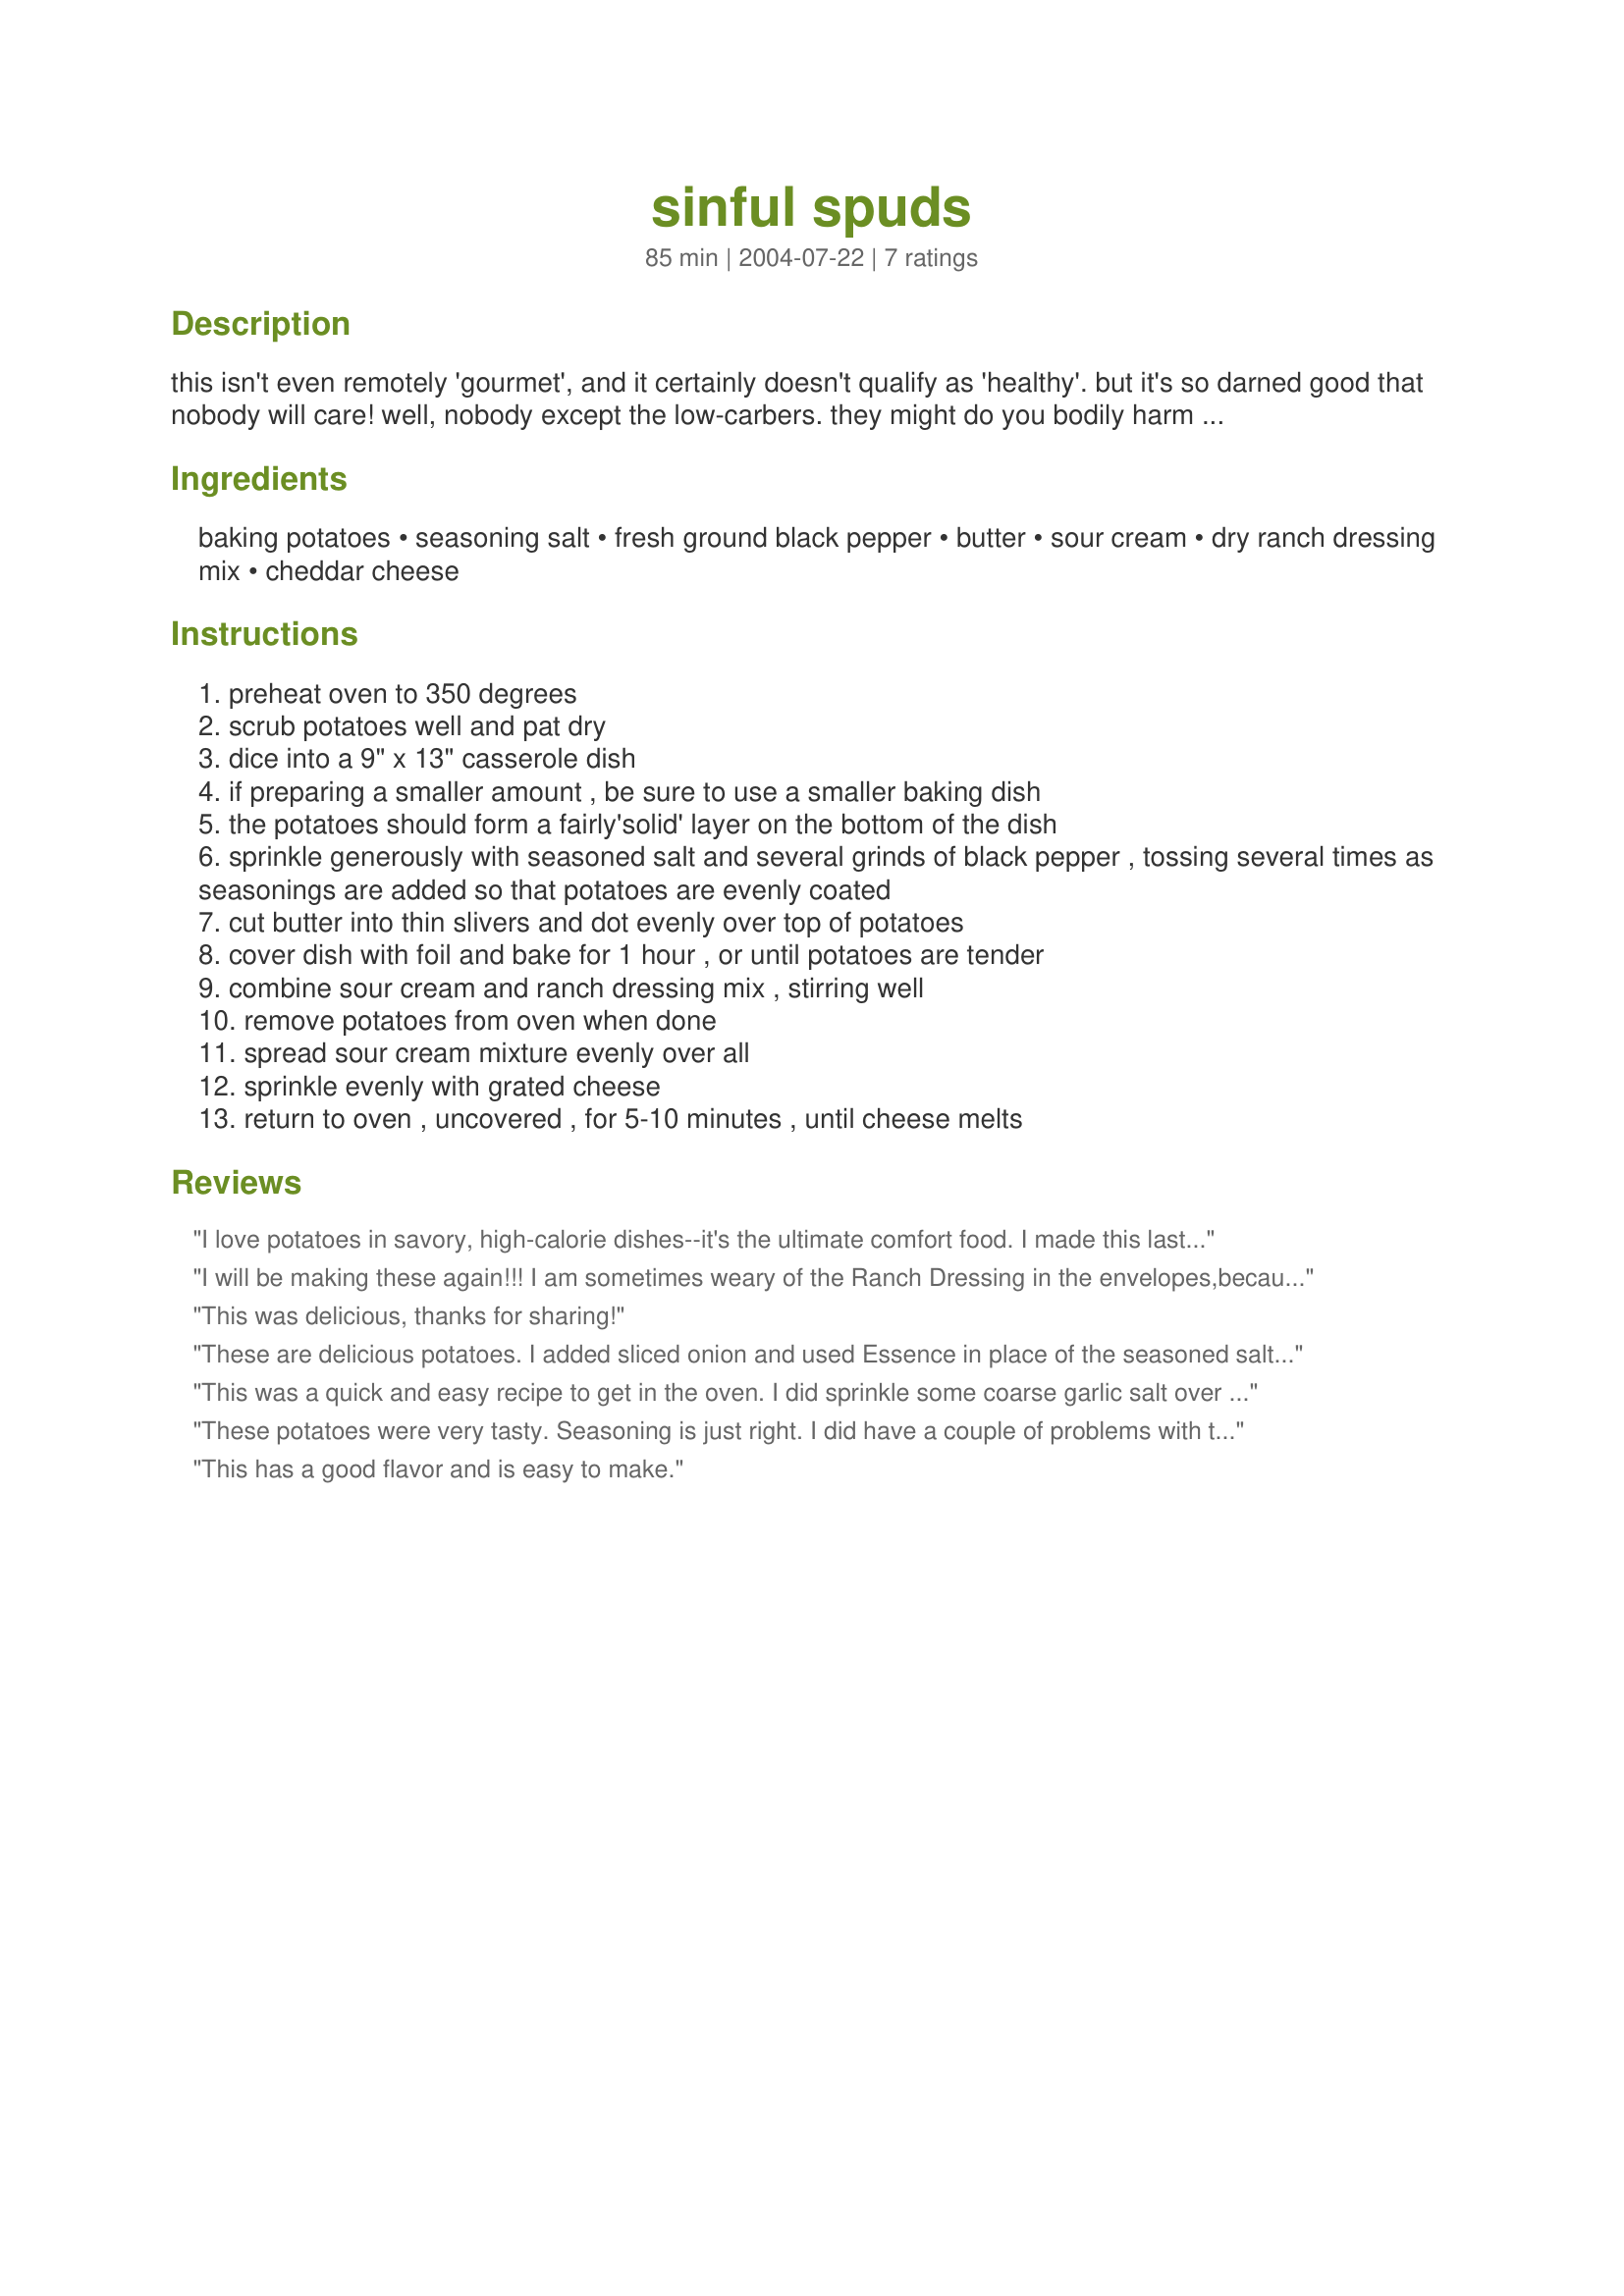
sinful spuds
Preparation time: 85 minutes

this isn't even remotely 'gourmet', and it certainly doesn't qualify as 'healthy'. but it's so darned good that nobody will care! well, nobody except the low-carbers. they might do you bodily harm if you put this on the table to tempt them... :)

Ingredients:
baking potatoes, seasoning salt, fresh ground black pepper, butter, sour cream, dry ranch dressing mix, cheddar cheese

Steps:
preheat oven to 350 degrees
scrub potatoes well and pat dry
dice into a 9" x 13" casserole dish
if preparing a smaller amount , be sure to use a smaller baking dish
the potatoes should form a fairly'solid' layer on the bottom of the dish
sprinkle generously with seasoned salt and several grinds of black pepper , tossing several times as seasonings are added so that potatoes are evenly coated
cut butter into thin slivers and dot evenly over top of potatoes
cover dish with foil and bake for 1 hour , or until potatoes are tender
combine sour cream and ranch dressing mix , stirring well
remove potatoes from oven when done
spread sour cream mixture evenly over all
sprinkle evenly with grated cheese
return to oven , uncovered , for 5-10 minutes , until cheese melts

Reviews:
I love potatoes in savory, high-calorie dishes--it's the ultimate comfort food. I made this last night and it was one of the best potato dishes ever! It is also great the next day. 

I had sour cream with chives and used that and had excellent results. This would be a great company potato dish--I think I might pair it with ham at Christmas.

Thanks for sharing this!!
I will be making these again!!! I am sometimes weary of the Ranch Dressing in the envelopes,because it can be so overpowering! Not in this recipe. We LOVED them! Thanks for such an easy sidedish!
This was delicious, thanks for sharing!
These are delicious potatoes. I added sliced onion and used Essence in place of the seasoned salt. I served these with Montreal pepper marinated steaks and the creaminess of the potatoes was great with the spicy pepper and garlic of the steaks. Thanks for posting!
This was a quick and easy recipe to get in the oven. I did sprinkle some coarse garlic salt over the potatoes along with the seasoning salt. Although the seasoning salt was wonderful and could definitely stand on it's own. I cooked it the exact time as stated and I had delicious and very flavorful potatoes. Thank you for sharing this recipe highcotton. It will be a regular around my house!
These potatoes were very tasty. Seasoning is just right. I did have a couple of problems with the texture, though. 1 hour was a little too long in my oven, They didn't burn, but they got too soft. Next time, I'll reduce the amount of sour cream by about half, and add it after the cheese is melted, to keep the cream from separating/curdling and keep the sour cream taste from overpowering the potato taste. It was very easy, and I will make it again.
This has a good flavor and is easy to make.
